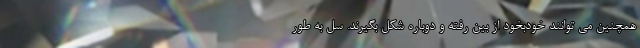
همچنین می توانند خودبخود از بین رفته و دوباره شکل بگیرند. سل به طور